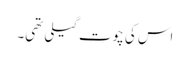
اس کی چوت گیلی تھی۔